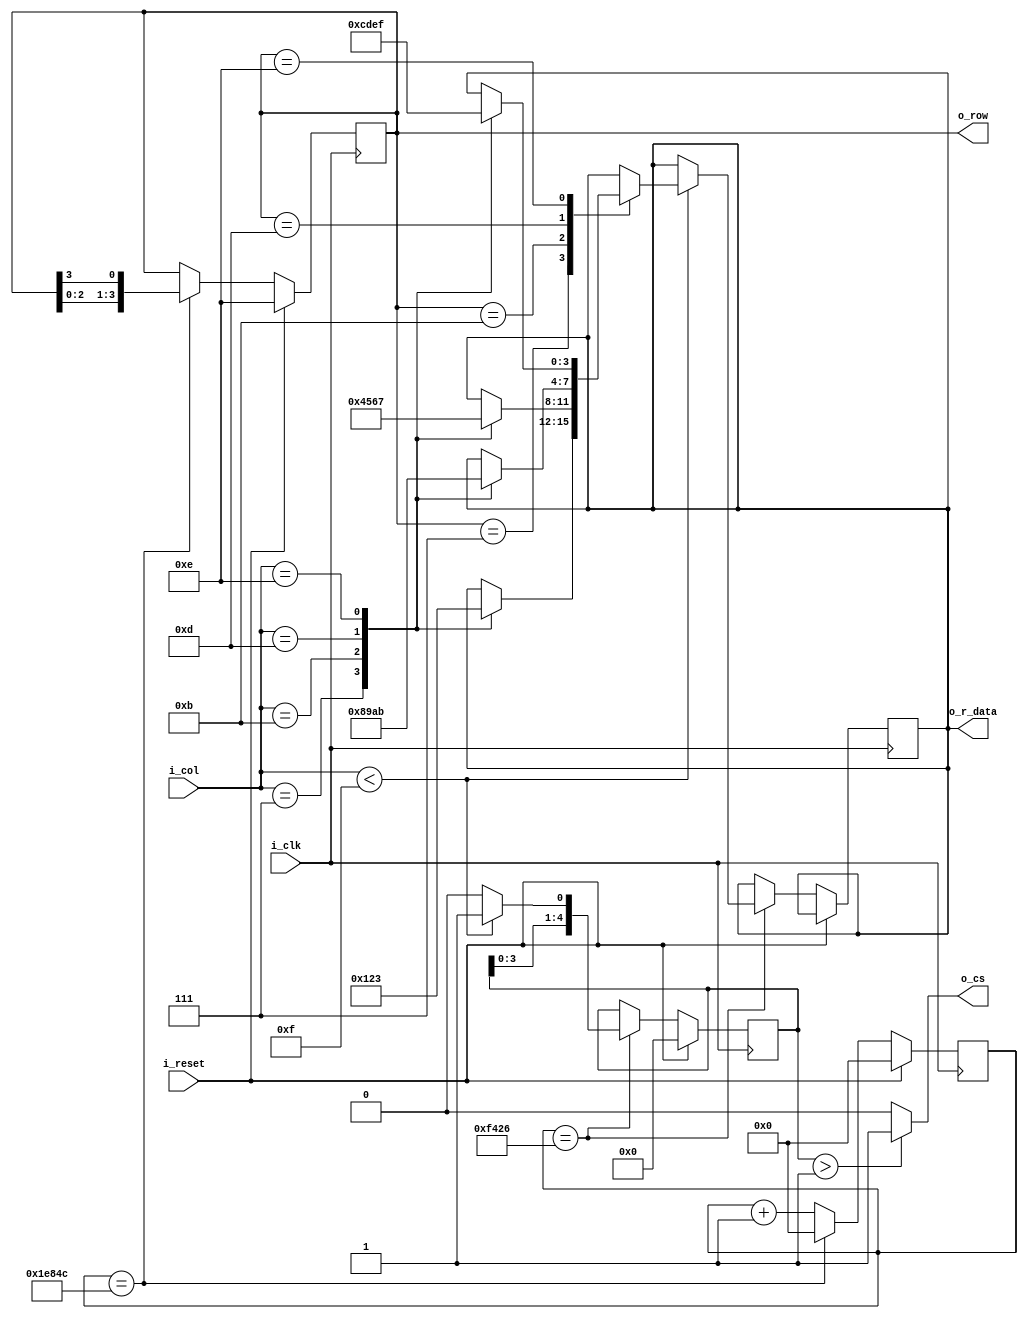
module Keypad (
	input i_clk,
	input i_reset,
	input [3:0]i_col,
	output [3:0]o_row,
	output reg [3:0]o_r_data,
	output o_cs
);

parameter P_CNT_1MS = 125_004;

reg [16:0] r_cnt;
reg [3:0] r_row;
reg [4:0] r_detect_btn;
assign o_row = r_row;

always @(posedge i_clk ) begin
	if (i_reset) r_cnt <= 0;
	else if(r_cnt == P_CNT_1MS)	r_cnt <= 0;
	else r_cnt <= r_cnt+1;
end
always @(posedge i_clk ) begin
	if (i_reset) r_row <= 4'b1110;
	else if(r_cnt == P_CNT_1MS) r_row <= {r_row[2:0], r_row[3]};
	else r_row <= r_row;
end

always @(posedge i_clk) begin
	if(i_reset) begin
		r_detect_btn <= 0;
		r_detect_btn <= 0;
	end
	else if(r_cnt==P_CNT_1MS/2)begin
		if (i_col<4'hf) begin
			r_detect_btn <= {r_detect_btn[3:0], 1'b1};
			case (r_row)
				4'b0111: begin
					case (i_col)
						4'b0111:  o_r_data <= 4'h0;
						4'b1011:  o_r_data <= 4'h1;
						4'b1101:  o_r_data <= 4'h2;
						4'b1110:  o_r_data <= 4'h3;
						default: o_r_data <= o_r_data;
					endcase
				end 
				4'b1011: begin
					case (i_col)
						4'b0111:  o_r_data <= 4'h4;
						4'b1011:  o_r_data <= 4'h5;
						4'b1101:  o_r_data <= 4'h6;
						4'b1110:  o_r_data <= 4'h7;
						default: o_r_data <= o_r_data;
					endcase
				end 
				4'b1101: begin
					case (i_col)
						4'b0111:  o_r_data <= 4'h8;
						4'b1011:  o_r_data <= 4'h9;
						4'b1101:  o_r_data <= 4'ha;
						4'b1110:  o_r_data <= 4'hb;
						default: o_r_data <= o_r_data;
					endcase
				end 
				4'b1110: begin
					case (i_col)
						4'b0111:  o_r_data <= 4'hc;
						4'b1011:  o_r_data <= 4'hd;
						4'b1101:  o_r_data <= 4'he;
						4'b1110:  o_r_data <= 4'hf;
						default: o_r_data <= o_r_data;
					endcase
				end 
				default: o_r_data <= o_r_data;
			endcase
		end
		else begin
			r_detect_btn <= {r_detect_btn[3:0], 1'b0};
			o_r_data <= o_r_data;
		end
	end
	else begin
		o_r_data <= o_r_data;
		r_detect_btn <= r_detect_btn;
	end
end

assign o_cs = (r_detect_btn > 1) ? 1 : 0;
	
endmodule